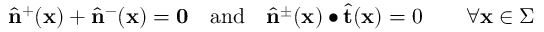
\begin{array} { r } { \widehat { \mathbf { n } } ^ { + } ( \mathbf { x } ) + \widehat { \mathbf { n } } ^ { - } ( \mathbf { x } ) = \mathbf { 0 } \quad \mathrm { a n d } \quad \widehat { \mathbf { n } } ^ { \pm } ( \mathbf { x } ) \bullet \widehat { \mathbf { t } } ( \mathbf { x } ) = 0 \qquad \forall \mathbf { x } \in \Sigma } \end{array}